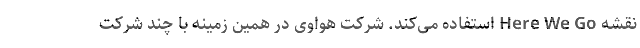
نقشه Here We Go استفاده می‌کند. شرکت هواوی در همین زمینه با چند شرکت